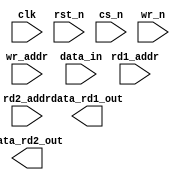
////////////////////////////////////////////////////////////////////////////////
//
//       This confidential and proprietary software may be used only
//     as authorized by a licensing agreement from Synopsys Inc.
//     In the event of publication, the following notice is applicable:
//
//                    (C) COPYRIGHT 1999 - 2013 SYNOPSYS INC.
//                           ALL RIGHTS RESERVED
//
//       The entire notice above must be reproduced on all authorized
//     copies.
//
//
// VERSION:   Simulation Architecture
//
// DesignWare_version: e321906e
// DesignWare_release: H-2013.03-DWBB_201303.4
//
////////////////////////////////////////////////////////////////////////////////
//----------------------------------------------------------------------
// ABSTRACT:  Synch Write, Asynch Dual Read RAM (Flip-Flop Based)
//            (flip flop memory array)
//            legal range:  depth        [ 2 to 2048 ]
//            legal range:  data_width   [ 1 to 1024 ]
//            Input data: data_in[data_width-1:0]
//            Output data from read1: data_rd1_out[data_width-1:0]
//            Output data from read2: data_rd2_out[data_width-1:0]
//            Read1 Address: rd1_addr[addr_width-1:0]
//            Read2 Address: rd2_addr[addr_width-1:0]
//            Write Address: wr_addr[addr_width-1:0]
//            write enable (active low): wr_n
//            chip select (active low): cs_n
//            reset (active low): rst_n
//            clock:clk
//
//	MODIFIED:
//		092299	Jay Zhu		Rewrote for STAR91151
//              10/18/00  RPH       Rewrote accoding to new guidelines 
//                                  STAR 111067   
//              05/25/01  RJK       Rewritten again
//              2/18/09   RJK       Corrected default value for rst_mode
//				    STAR 9000294457
//----------------------------------------------------------------------


module DW_ram_2r_w_s_dff (clk, rst_n, cs_n, wr_n, rd1_addr, rd2_addr, 
			  wr_addr, data_in, data_rd1_out, data_rd2_out);

   parameter data_width = 4;
   parameter depth = 8;
   parameter rst_mode = 1;

`define DW_addr_width ((depth>256)?((depth>4096)?((depth>16384)?((depth>32768)?16:15):((depth>8192)?14:13)):((depth>1024)?((depth>2048)?12:11):((depth>512)?10:9))):((depth>16)?((depth>64)?((depth>128)?8:7):((depth>32)?6:5)):((depth>4)?((depth>8)?4:3):((depth>2)?2:1))))

   input [data_width-1:0] data_in;
   input [`DW_addr_width-1:0] rd1_addr;
   input [`DW_addr_width-1:0] rd2_addr;
   input [`DW_addr_width-1:0] wr_addr;
   input 		      wr_n;
   input 		   rst_n;
   input 		   cs_n;
   input 		   clk;

   output [data_width-1:0] data_rd1_out;
   output [data_width-1:0] data_rd2_out;

// synopsys translate_off
   //wire [data_width-1:0]   data_in;
   reg [depth*data_width-1:0]    next_mem;
   reg [depth*data_width-1:0]    mem;
   wire [depth*data_width-1:0]   mem_mux1;
   wire [depth*data_width-1:0]   mem_mux2;
   
   wire 		   a_rst_n;
   reg [0 :0 ] flag;
   reg [0 :0 ] flagg= 1;
   reg [31:0] testReg;
   reg testReg0,testReg1,testReg2,testReg3,testReg4;
   reg [data_width-1:0] testdatain;
   parameter addrrr = 4*32;

   
  
  initial begin : parameter_check
    integer param_err_flg;

    param_err_flg = 0;
    
	    
  
    if ( (data_width < 1) || (data_width > 2048) ) begin
      param_err_flg = 1;
      $display(
	"ERROR: %m :\n  Invalid value (%d) for parameter data_width (legal range: 1 to 2048)",
	data_width );
    end
  
    if ( (depth < 2) || (depth > 1024 ) ) begin
      param_err_flg = 1;
      $display(
	"ERROR: %m :\n  Invalid value (%d) for parameter depth (legal range: 2 to 1024 )",
	depth );
    end
  
    if ( (rst_mode < 0) || (rst_mode > 1 ) ) begin
      param_err_flg = 1;
      $display(
	"ERROR: %m :\n  Invalid value (%d) for parameter rst_mode (legal range: 0 to 1 )",
	rst_mode );
    end

  
    if ( param_err_flg == 1) begin
      $display(
        "%m :\n  Simulation aborted due to invalid parameter value(s)");
      $finish;
    end

  end // parameter_check
   
   assign mem_mux1 = mem >> (rd1_addr * data_width);

   assign data_rd1_out = ((rd1_addr ^ rd1_addr) !== {`DW_addr_width{1'b0}})? {data_width{1'bx}} : (
				(rd1_addr >= depth)? {data_width{1'b0}} :
				   mem_mux1[data_width-1 : 0] );
   
   assign mem_mux2 = mem >> (rd2_addr * data_width);

   assign data_rd2_out = ((rd2_addr ^ rd2_addr) !== {`DW_addr_width{1'b0}})? {data_width{1'bx}} : (
				(rd2_addr >= depth)? {data_width{1'b0}} :
				   mem_mux2[data_width-1 : 0] );
   
   assign a_rst_n = (rst_mode == 0)? rst_n : 1'b1;

  
   always @ (posedge clk or negedge a_rst_n) begin : registers
      integer i, j;
      //testReg <= mem[addrrr+31:addrrr];
      //$display( "%h\n",testReg);
      //testReg <= 32'haaaaaaaa;
      next_mem = mem;
      flagg <= ~flagg;

      if ((cs_n | wr_n) !== 1'b1) begin
      
         if ((wr_addr ^ wr_addr) !== {`DW_addr_width{1'b0}}) begin
            next_mem = {depth*data_width{1'bx}};	
            //flag <= flagg;
         end else begin
            if ((wr_addr < depth) && ((wr_n | cs_n) !== 1'b1)) begin
               //flag <= flagg;
               for (i=0 ; i < data_width ; i=i+1) begin
                  j = wr_addr*data_width + i;

                  // testdatain = data_in;
                  // testReg0 = data_in[i]; // i
                  // testReg2 = ( testReg0 | 1'b0);
                  // testReg3 = mem[j];
                  // testReg1 = ((wr_n | cs_n) == 1'b0)? testReg2 : testReg3;    // 
                  // //testReg1 = testReg0;
                  // next_mem[j] = testReg1;//testReg1
                  // testReg4 = next_mem[1];    
                  // testReg[i] = next_mem[j];

                  next_mem[j] = ((wr_n | cs_n) == 1'b0)? data_in[i] | 1'b0
                           : mem[j];
                  testReg[i] = next_mem[j];

               end // for

            end // if

         end // if-else

      end // if   
   
   
      if (rst_n === 1'b0) begin
         mem <= {depth*data_width{1'b0}};
      end else begin
         //flag = ~flag;
         if ( rst_n === 1'b1) begin
	         mem <= next_mem;
            //testReg <= {32{|mem[addrrr+1]}};
            //flag <= flagg;
	      end else begin
	         mem <= {depth*data_width{1'bX}};
            //flag <= flagg;
	      end
      end

   end // registers
   
    
  always @ (clk) begin : clk_monitor //clk
    if ( (clk !== 1'b0) && (clk !== 1'b1) && ($time > 0) )
      $display( "WARNING: %m :\n  at time = %t, detected unknown value, %b, on clk input.",
                $time, clk );
    end // clk_monitor 

// synopsys translate_on

`undef DW_addr_width
endmodule // DW_ram_2r_w_s_dff